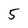
Character: 5